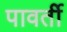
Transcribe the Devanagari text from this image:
पावर्ती